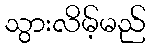
သွားလိမ့်မည်